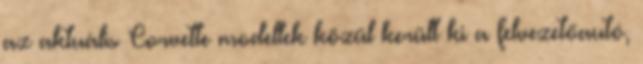
az aktuális Corvette modellek közül került ki a felvezetőautó,